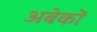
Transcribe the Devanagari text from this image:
अबेकों